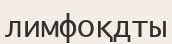
лимфоқдты